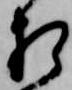
相